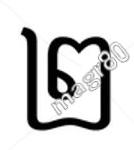
២